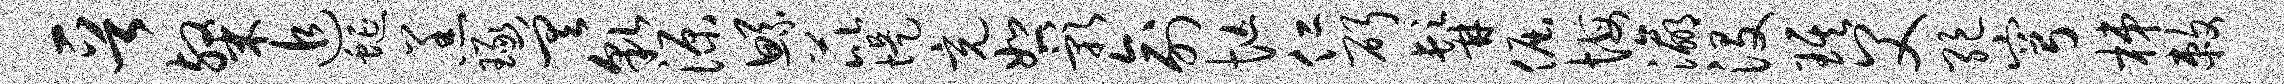
晋粲追蜒羔琢差貌源鲧芘堤充恕影俞忙仁斫髯倔悔瀛没琪父绝穹梯敕